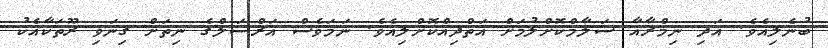
ބުނެލިއެވެ. އަދި ނިމްރާއާ ސަލާމްކޮށްލުމަށް އަތްދިއްކޮށްލިއެވެ. ނަމަވެސް އަރްސަލްގެ ނިތަށް ގިނަވި ރޫތަކާއެކު